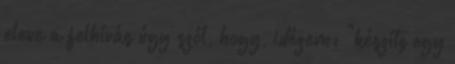
eleve a felhívás úgy szól, hogy, idézem: "készíts egy